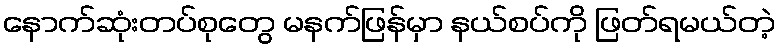
နောက်ဆုံးတပ်စုတွေ မနက်ဖြန်မှာ နယ်စပ်ကို ဖြတ်ရမယ်တဲ့